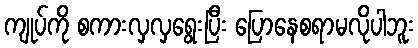
ကျုပ်ကို စကားလှလှရွေးပြီး ပြောနေစရာမလိုပါဘူး